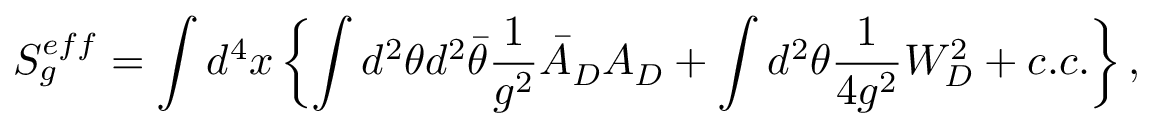
S _ { g } ^ { e f f } = \int d ^ { 4 } x \left\{ \int d ^ { 2 } \theta d ^ { 2 } \bar { \theta } \frac 1 { g ^ { 2 } } \bar { A } _ { D } A _ { D } + \int d ^ { 2 } \theta \frac 1 { 4 g ^ { 2 } } W _ { D } ^ { 2 } + c . c . \right\} ,